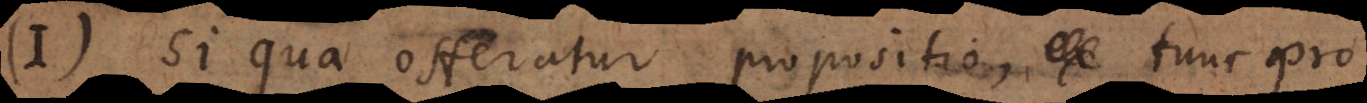
I. Si qua offeratur propositio, tun